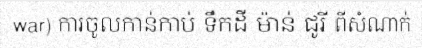
war) ការចូលកាន់កាប់ ទឹកដី ម៉ាន់ ជូរី ពីសំណាក់